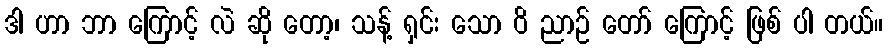
ဒါ ဟာ ဘာ ကြောင့် လဲ ဆို တော့၊ သန့် ရှင်း သော ဝိ ညာဉ် တော် ကြောင့် ဖြစ် ပါ တယ်။